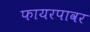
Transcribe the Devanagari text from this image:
फायरपावर